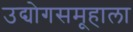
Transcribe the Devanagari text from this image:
उद्योगसमूहाला